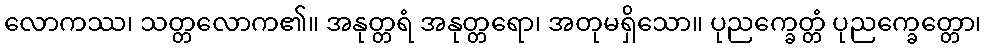
လောကဿ၊ သတ္တလောက၏။ အနုတ္တရံ အနုတ္တရော၊ အတုမရှိသော။ ပုညက္ခေတ္တံ ပုညက္ခေတ္တော၊